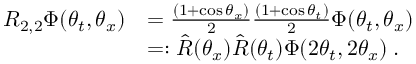
\begin{array} { r l } { R _ { 2 , 2 } \boldsymbol { \Phi } ( \theta _ { t } , \theta _ { x } ) } & { = \frac { ( 1 + \cos \theta _ { x } ) } { 2 } \frac { ( 1 + \cos \theta _ { t } ) } { 2 } \boldsymbol { \Phi } ( \theta _ { t } , \theta _ { x } ) } \\ & { = : \hat { R } ( \theta _ { x } ) \hat { R } ( \theta _ { t } ) \boldsymbol { \Phi } ( 2 \theta _ { t } , 2 \theta _ { x } ) \; . } \end{array}